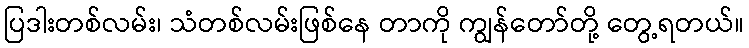
ပြဒါးတစ်လမ်း၊ သံတစ်လမ်းဖြစ်နေ တာကို ကျွန်တော်တို့ တွေ့ရတယ်။